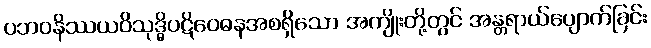
ပဘဝနိဿယဝိသုဒ္ဓိပဋိဝေဓနအစရှိသော အကျိုးတို့တွင် အန္တရာယ်ပျောက်ခြင်း